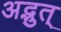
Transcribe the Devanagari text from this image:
अद्भुत्‌